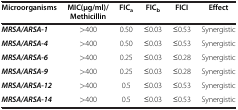
| Microorganisms | MIC(μg/ml)/Methicillin | FICa | FICb | FICI | Effect |
 | --- | --- | --- | --- | --- | --- |
 | MRSA/ARSA-1 | >400 | 0.50 | ≤0.03 | ≤0.53 | Synergistic |
 | MRSA/ARSA-4 | >400 | 0.50 | ≤0.03 | ≤0.53 | Synergistic |
 | MRSA/ARSA-6 | >400 | 0.25 | ≤0.03 | ≤0.28 | Synergistic |
 | MRSA/ARSA-9 | >400 | 0.25 | ≤0.03 | ≤0.28 | Synergistic |
 | MRSA/ARSA-12 | >400 | 0.5 | ≤0.03 | ≤0.53 | Synergistic |
 | MRSA/ARSA-14 | >400 | 0.5 | ≤0.03 | ≤0.53 | Synergistic |